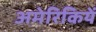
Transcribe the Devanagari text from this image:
अमेरिकियें